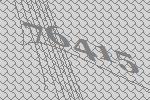
76415